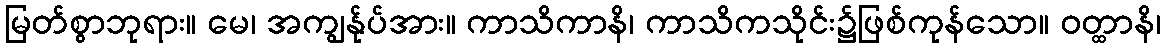
မြတ်စွာဘုရား။ မေ၊ အကျွန်ုပ်အား။ ကာသိကာနိ၊ ကာသိကသိုင်း၌ဖြစ်ကုန်သော။ ဝတ္ထာနိ၊